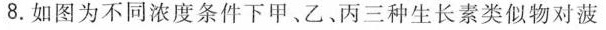
8.如图为不同浓度条件下甲、乙、丙三种生长素类似物对菠